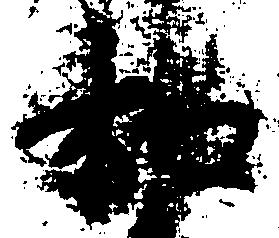
和